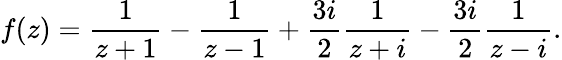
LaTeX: f(z)={\frac{1}{z+1}}-{\frac{1}{z-1}}+{\frac{3i}{2}}{\frac{1}{z+i}}-{\frac{3i}{2}}{\frac{1}{z-i}}.